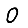
Digit: 0